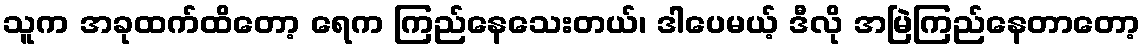
သူက အခုထက်ထိတော့ ရေက ကြည်နေသေးတယ်၊ ဒါပေမယ့် ဒီလို အမြဲကြည်နေတာတော့